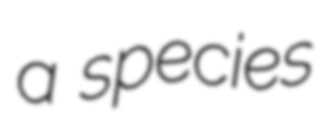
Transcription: a species